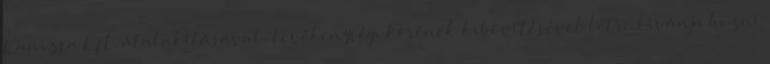
Kanizsa Kft. átalakításával, tevékenységi körének kibővítésével létre kívánja hozni